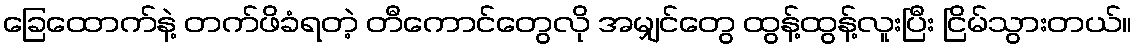
ခြေထောက်နဲ့ တက်ဖိခံရတဲ့ တီကောင်တွေလို အမျှင်တွေ ထွန့်ထွန့်လူးပြီး ငြိမ်သွားတယ်။